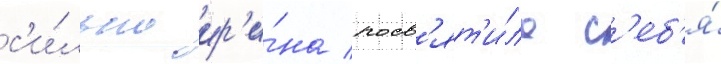
с'и́льно ир'и́на посв'ят'и́ла с'еб'я́